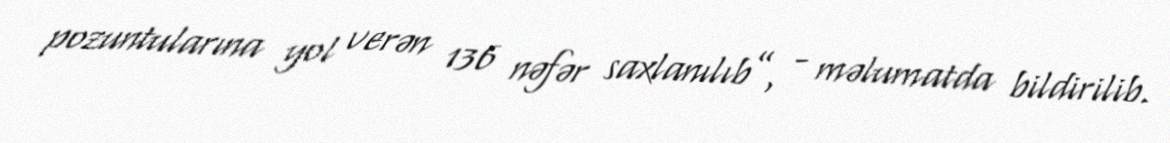
pozuntularına yol verən 136 nəfər saxlanılıb”, - məlumatda bildirilib.